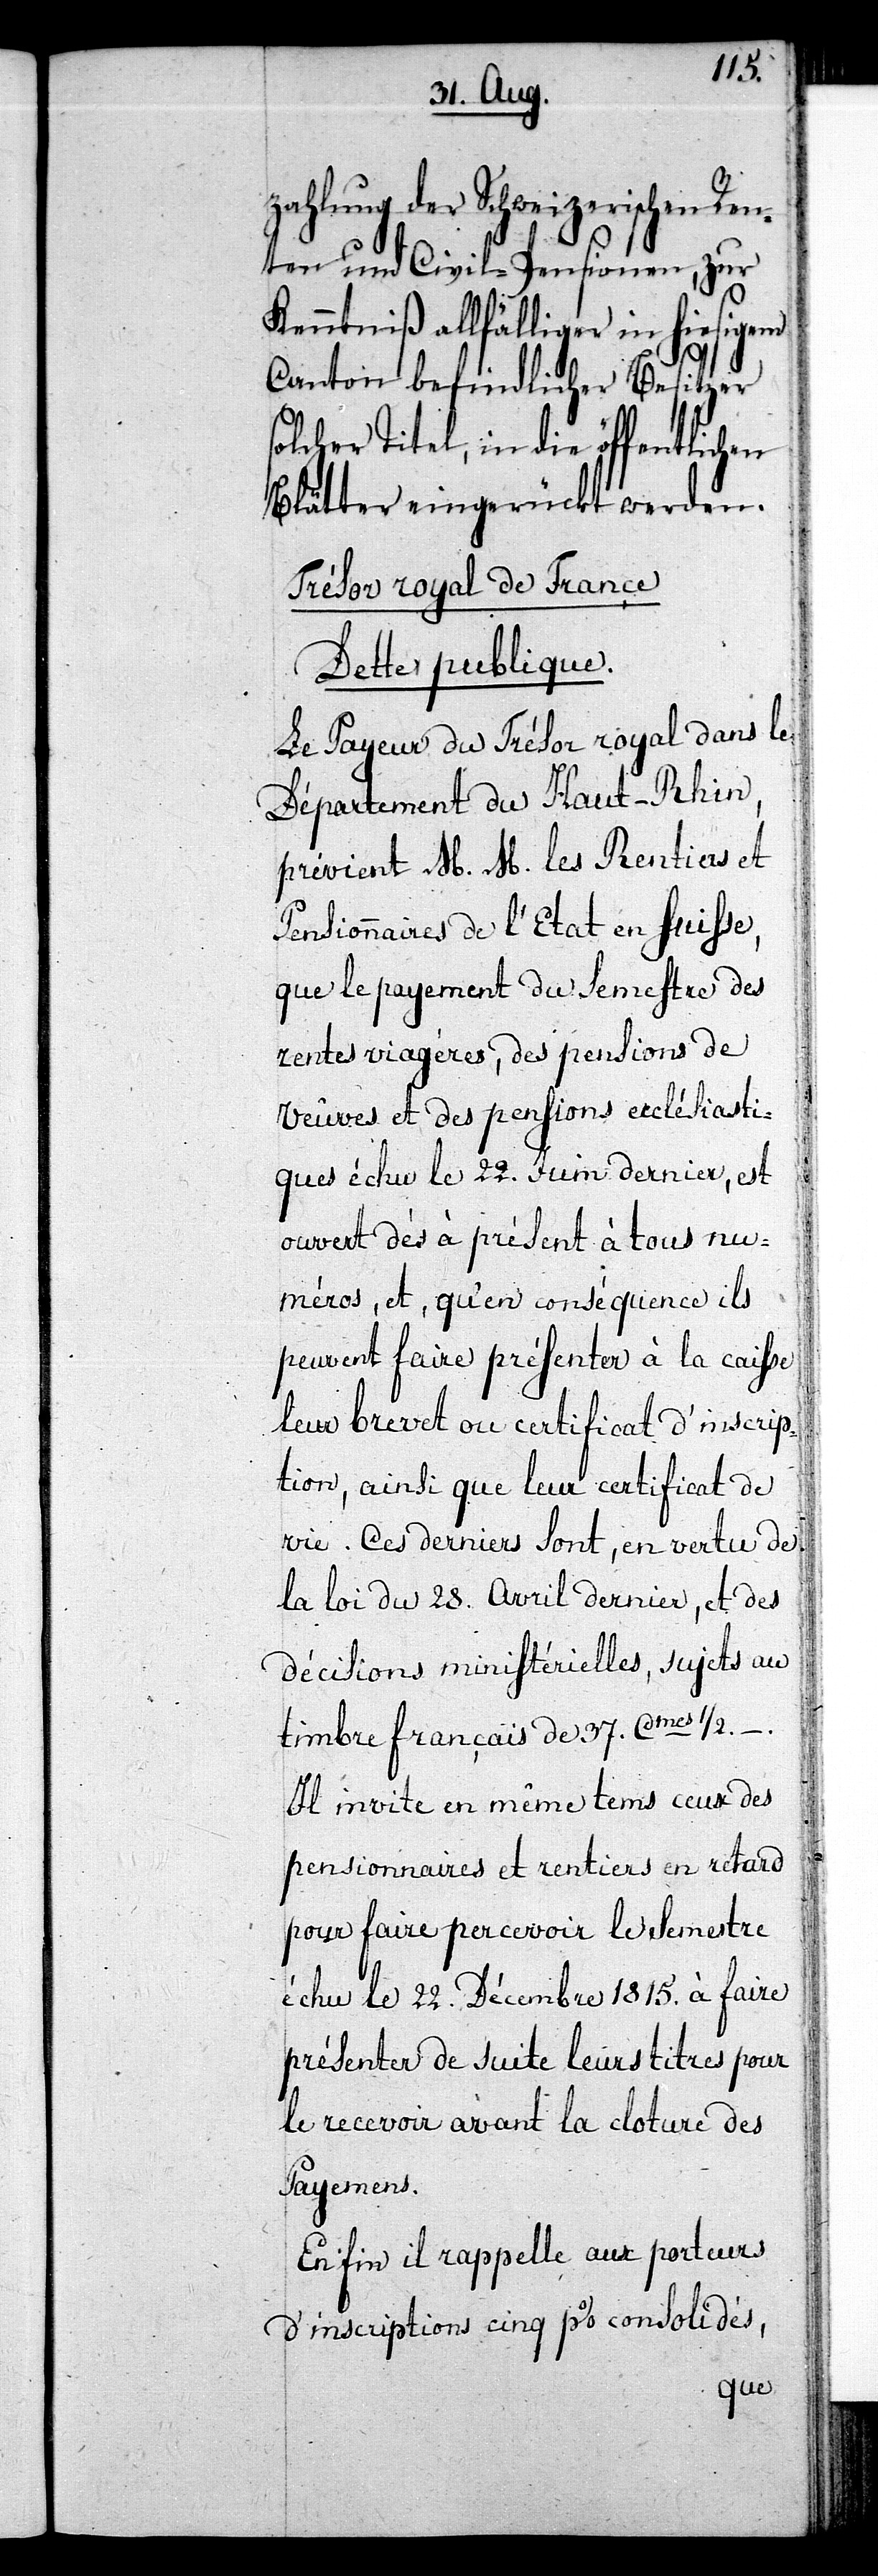
zahlung der Schweizerischen Ren¬
ten und Civil-Pensionen, zur
Kenntniß allfälliger in hiesigem
Canton befindlicher Besitzer
solcher Titel, in die öffentlichen
Blätter eingerückt werden.
Trésor royal de France
Dette publique.
Le Payeur de Trésor royal dans le
Département du Haut-Rhin,
prévient M. M. les Rentiers et
Pensionnaires de l’Etat en Suisse,
que le payement du Semestre des
rentes viagères, des pensions de
Veuves et des pensions ecclésiasti¬
ques échu le 22. Juin dernier, est
ouvert dès à présent à tous num¬
éros, et, qu’en conséquence ils
peuvent faire présenter à la caisse
leur brevet ou certificat d’inscrip¬
tion, ainsi que leur certificat de
vie. Ces derniers sont, en vertu de
la loi du 28. Avril dernier, et des
décisions ministérielles, sujets au
timbre français de 37. Cmes 1/2.–.
Il invite en même tems ceux des
pensionnaires et rentiers en retard
pour faire percevoir le Semestre
échu le 22. Décembre 1815. à faire
présenter de suite leurs titre pour
le recevoir avant la cloture des
Payemens.
Einfin il rappelle aux porteurs
d’inscriptions cinq p% consolidés,